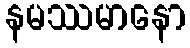
နမဿမာနော